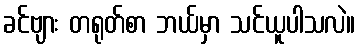
ခင်ဗျား တရုတ်စာ ဘယ်မှာ သင်ယူပါသလဲ။